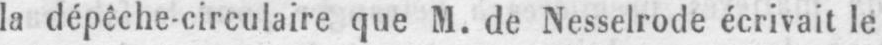
la dépêche-circulaire que M. de Nesselrode écrivait le